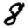
Digit: 8